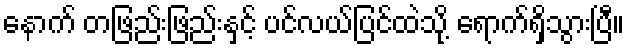
နောက် တဖြည်းဖြည်းနှင့် ပင်လယ်ပြင်ထဲသို့ ရောက်ရှိသွားပြီ။